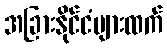
အခြားနိုင်ငံများထက်